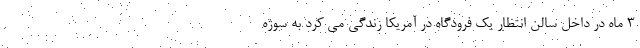
۳ ماه در داخل سالن انتظار یک فرودگاه در آمریکا زندگی می کرد به سوژه